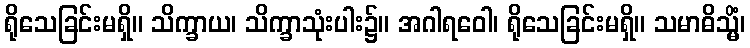
ရိုသေခြင်းမရှိ။ သိက္ခာယ၊ သိက္ခာသုံးပါး၌။ အဂါရဝေါ၊ ရိုသေခြင်းမရှိ။ သမာဓိသ္မိံ၊